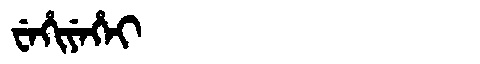
Manchu: ᠸᡝᡥᡳᠶᡝᡥᡝᡳ
Romanization: WEHIYEHEI